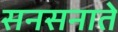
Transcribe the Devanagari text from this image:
सनसनाते